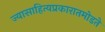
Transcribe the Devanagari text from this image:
ज्यासाहित्यप्रकारातमोडते